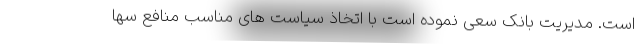
است. مدیریت بانک سعی نموده است با اتخاذ سیاست های مناسب منافع سها